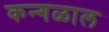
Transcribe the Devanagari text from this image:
कन्गळाल